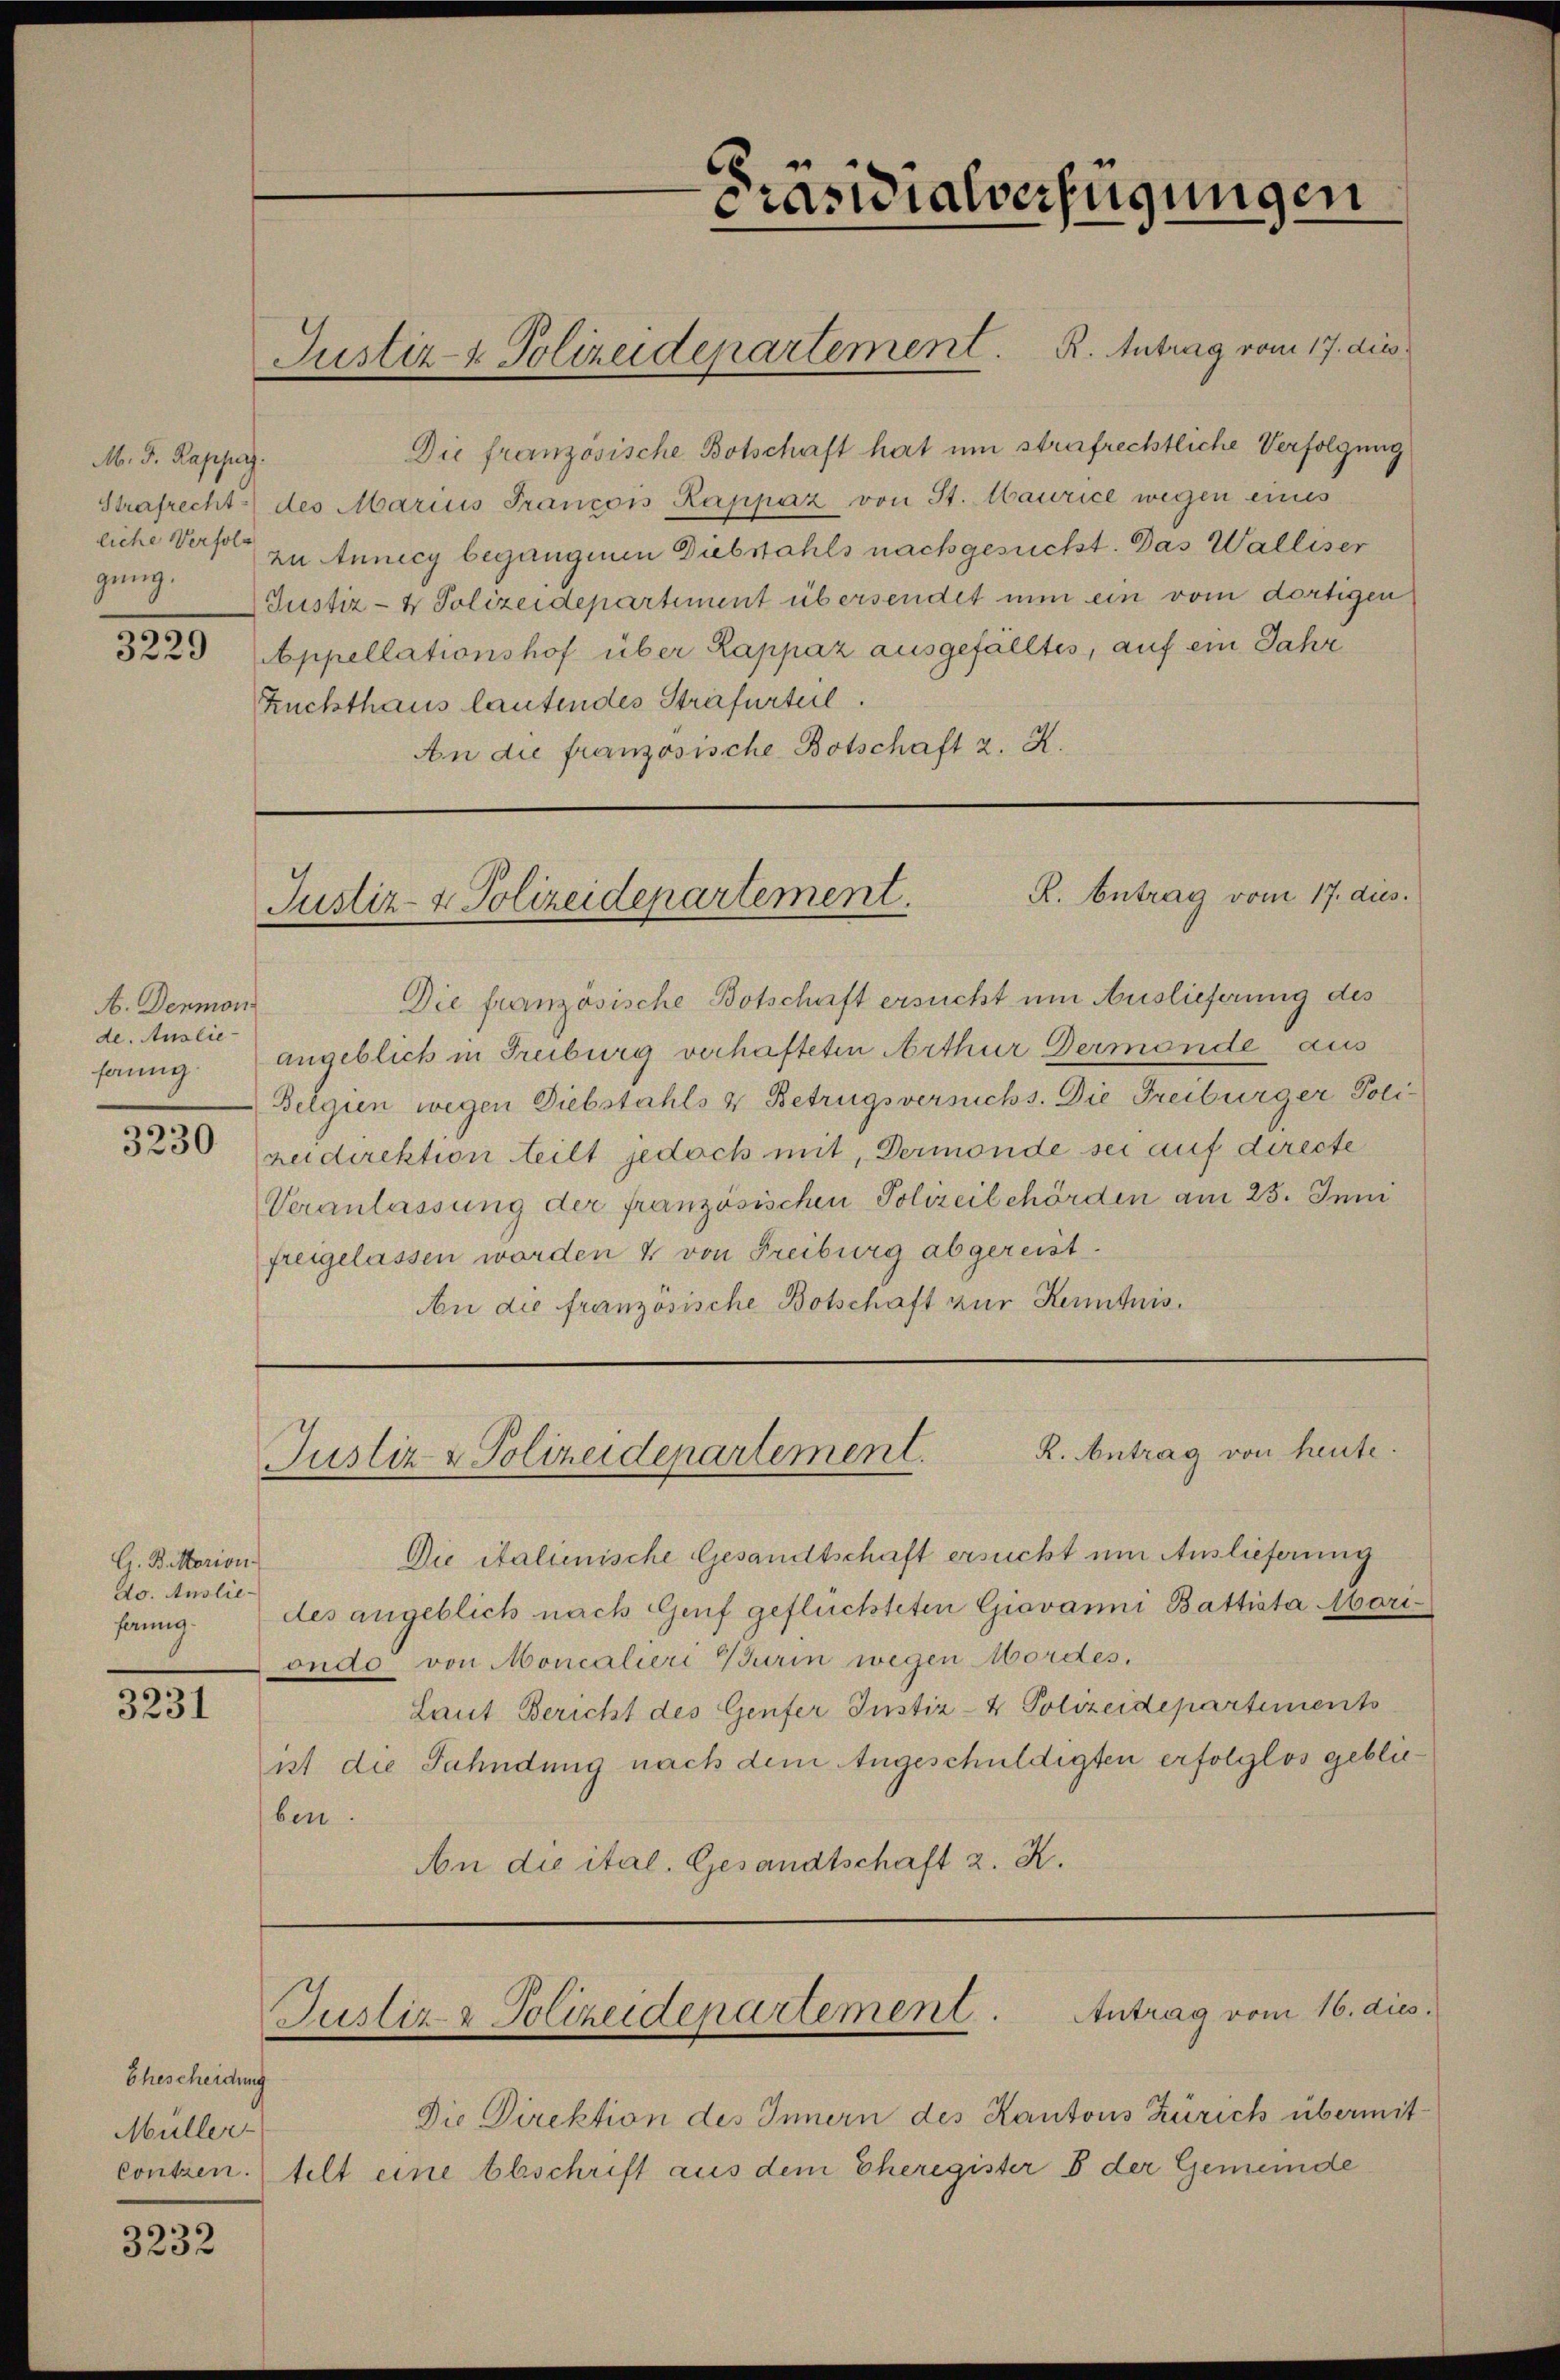
M. J. Rappa.
gung.

3229

A. Denmon
de. Auslie-

3230

G. Biarion.
do. Auslieherung.

3231

Ehescheidung
Müller

3232

Die französische Botschaft hat um strafrechtliche Verfolgung
Strafrecht des Marius Francois Kappaz von St. Maurice wegen eines
liche Verfolg zu Annecy begangenen Diebstahls nachgesucht. Das Walliser
Justiz- & Polizeidepartement übersendet nun ein vom dortigen
Appellationshof über Lappaz ausgefälltes, auf ein Jahr
Zuchthaus lautendes Strafurteil.
An die französische Botschaft z. K.

Justiz- & Polizeidepartement. R. Antrag vom 17. die

C
Präsidialverfügungen

Die französische Botschaft ersucht um Auslieferung des
fang. Angeblich in Freiburg verhafteten Arthur Dermonde aus
Belgien wegen Diebstahls & Betrugsversuchs. Die Freiburger Polireidirektion teilt jedoch mit, Dermonde sei auf directe
Veranlassung der französischen Polizeilehörden am 23. Juni
freigelassen worden & von Freiburg abgereist.
An die französische Botschaft zur Kenntnis.

R. Antrag vom 17. dies.
Justiz- & Polizeidepartement.

R. Antrag von heute.
Justiz & Polizeidenartement.

Justiz- & Polizeidepartement. Antrag vom 16. dies

Die italienische Gesandtschaft ersucht um Auslieferung
des angeblich nach Genf geflüchteten Giovanni Battista Moriondo von Moncalieri Wurin wegen Mordes,
Laut Bericht des Genfer Justiz- & Polizeidepartements
ist die Fahndung nach dem Angeschuldigten erfolglos geblieben
An die ital. Gesandtschaft z. R.

Die Direktion des Innern des Kantons Zürich übermitcontzen. (telt eine Abschrift aus dem Eheregister 8 der Gemeinde